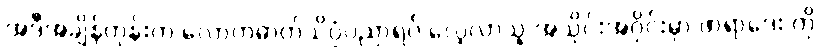
အဲဒီအချိန်တုန်းက လောကဓာတ်သိပ္ပံပညာရပ် လေ့လာသူ အသိုင်းအဝိုင်းမှာ ဖာရာဒေး ကို